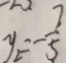
y _ { 2 } = - \frac { 7 } { 5 }